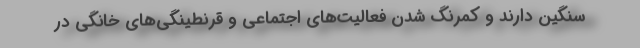
سنگین دارند و کمرنگ شدن فعالیت‌های اجتماعی و قرنطینگی‌های خانگی در